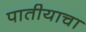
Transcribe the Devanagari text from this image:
पातीयाचा